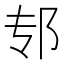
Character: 𫑘